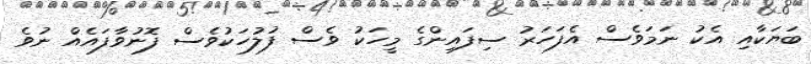
ބަޔަކާއި އެކު ނަމަވެސް އެފަހަރު ސިފައިންގެ މީހަކު ވެސް ފުލުހަކުވެސް ފޮނުވާފައެއް ނުވެ